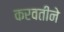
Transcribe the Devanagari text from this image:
करवतीने